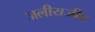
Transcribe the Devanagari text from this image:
जलीयजीव